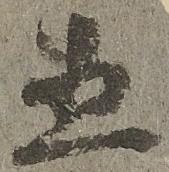
直